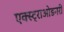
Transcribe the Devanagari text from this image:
एक्स्ट्राओडनरी